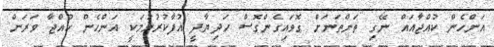
އަންހެން ކުއްޖާއައް ނޭގި ތަންތަނަށް ގޮވައިގެންގޮސް ހަދިޔާދީ އުފާކުރުވުމަކީ އަންހެން ކުއްޖާ ވަރަށް